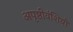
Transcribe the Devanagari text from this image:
अपृष्ठीवंशियों